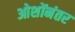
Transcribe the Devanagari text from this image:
ओशोंनंतर